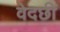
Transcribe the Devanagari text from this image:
वेदछी